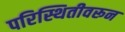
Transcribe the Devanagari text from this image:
परिस्थितीवरून